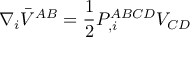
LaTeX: \nabla _ { i } \bar { V } ^ { A B } = { \frac { 1 } { 2 } } P _ { , i } ^ { A B C D } V _ { C D }